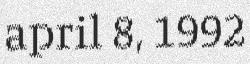
april 8, 1992